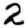
Digit: 2